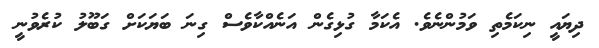
ދިޔައީ ނިކަމެތި ވަމުންނެވެ. އެކަމާ ގުޅިގެން އަނެއްކާވެސް ގިނަ ބަޔަކަށް ގަބޫލު ކުރެވުނީ